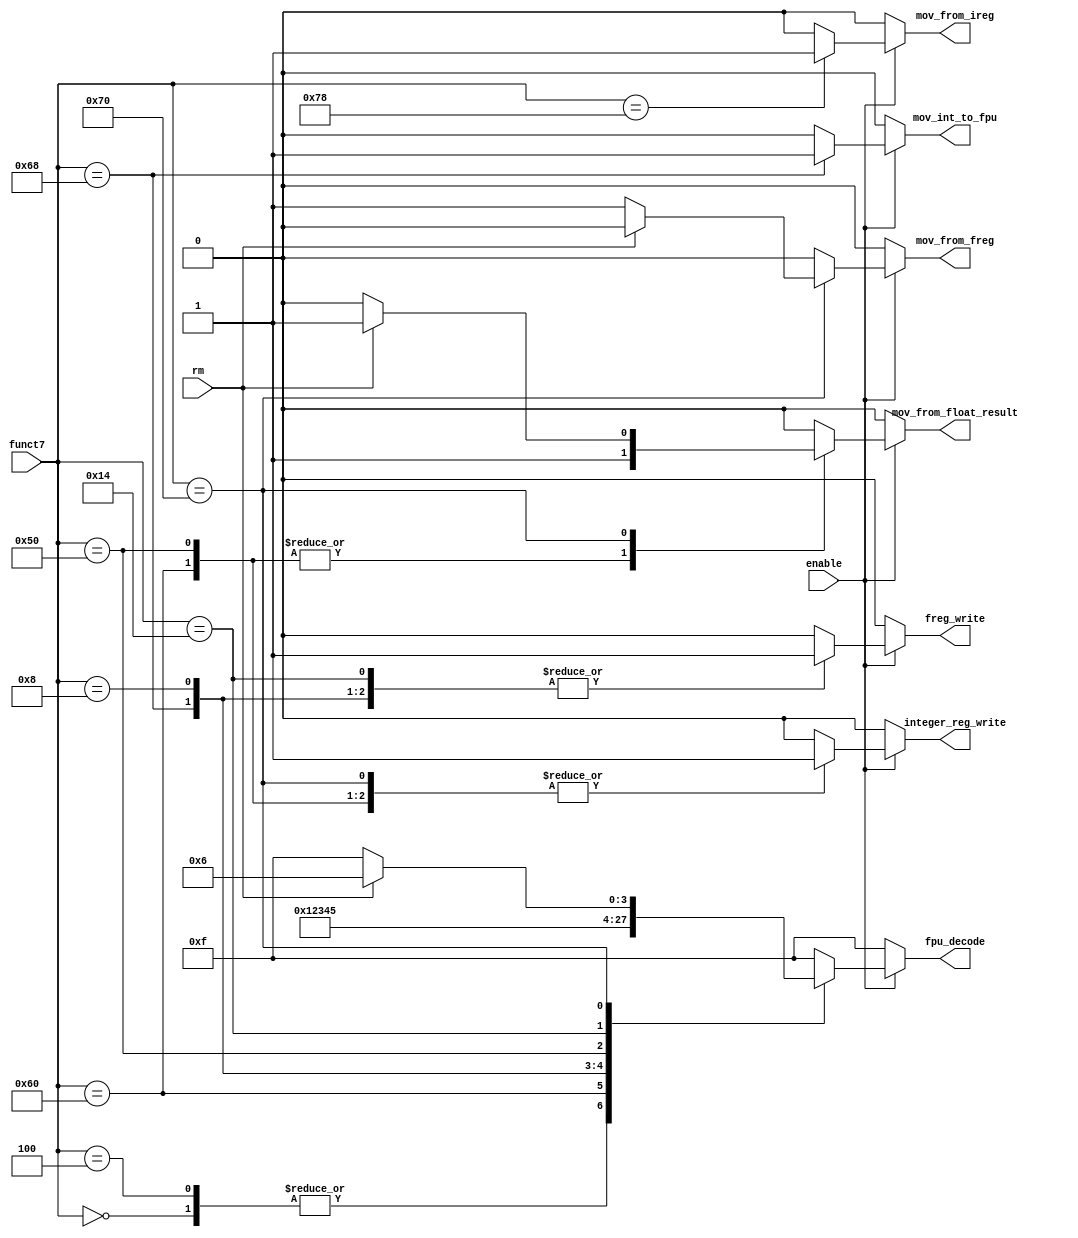
module FPU_DECODER (
    input enable,
    input [6:0] funct7,
    input rm,
    output reg [3:0] fpu_decode,
    output reg mov_from_freg,
    output reg mov_from_ireg,
    output reg freg_write,
    output reg integer_reg_write,
    output reg mov_from_float_result,
    output reg mov_int_to_fpu

);



always @(*) begin
    if (enable)
    begin 
        freg_write =0;
        mov_from_freg=0;
        mov_from_ireg=0;
        fpu_decode =4'b1111;
        integer_reg_write=0;
        mov_from_float_result=0;
        mov_int_to_fpu=0;
        case (funct7)
            7'b0000000: begin fpu_decode =4'b0000; freg_write =1; integer_reg_write=0; mov_from_float_result=0; mov_int_to_fpu=0; end     //add 
           
            7'b0000100:begin  fpu_decode =4'b0000;  freg_write =1;  integer_reg_write=0; mov_from_float_result=0;mov_int_to_fpu=0;     end //sub    
            7'b1100000:begin  fpu_decode =4'b0001; freg_write =0; integer_reg_write=1; mov_from_float_result=1;mov_int_to_fpu=0;        end//convert from float to signed int
            7'b1101000: begin fpu_decode =4'b0010;  freg_write =1; integer_reg_write=0; mov_from_float_result=0;mov_int_to_fpu=1;end        //convert from signed int to float
            7'b0001000 : begin fpu_decode =4'b0011; freg_write =1; integer_reg_write=0;mov_from_float_result=0;mov_int_to_fpu=0; end      //mul
            7'b1010000 : begin fpu_decode =4'b0100; freg_write =0; integer_reg_write=1; mov_from_float_result=1;mov_int_to_fpu=0;end      //compare
            7'b0010100 : begin fpu_decode =4'b0101; freg_write =1; integer_reg_write=0; mov_from_float_result=0;mov_int_to_fpu=0;end     //min max
            7'b1110000 :  begin 
                if (rm == 1)
                    begin
                    fpu_decode =4'b0110;       //classify 
                    mov_from_freg=0;
                    mov_from_ireg=0;
                    freg_write =0;
                    integer_reg_write=1;
                    mov_from_float_result=1;
                    mov_int_to_fpu=0;
                    end
                else  
                    begin
                    mov_from_freg =1;          //move from float to int 
                    fpu_decode =4'b1111;       
                    mov_from_ireg=0;
                    freg_write =0;
                    integer_reg_write=1;
                    mov_from_float_result=0;
                    mov_int_to_fpu=0;
                    end
               
                   
            end
            
            7'b1111000 : begin  mov_from_ireg=1; freg_write =1;  integer_reg_write=0; fpu_decode =4'b1111;mov_from_freg =0;mov_int_to_fpu=0;mov_from_float_result=0;  end    //move from int to float 

            default: begin fpu_decode =4'b1111;  mov_from_ireg=0; freg_write =0;integer_reg_write=0;mov_from_freg =0;mov_int_to_fpu=0;mov_from_float_result=0; end
        endcase
    end
    else 
    begin
        mov_from_freg=0;
        mov_from_ireg=0;
        fpu_decode =4'b1111;
        freg_write =0;
        integer_reg_write=0;
        mov_from_freg =0;
        mov_int_to_fpu=0;
        mov_from_float_result=0;
    end
end
    
endmodule